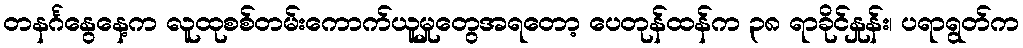
တနင်္ဂနွေနေ့က လူထုစစ်တမ်းကောက်ယူမှုတွေအရတော့ ပေတုန်ထန်က ၃၈ ရာခိုင်နှုန်း၊ ပရာရွတ်က